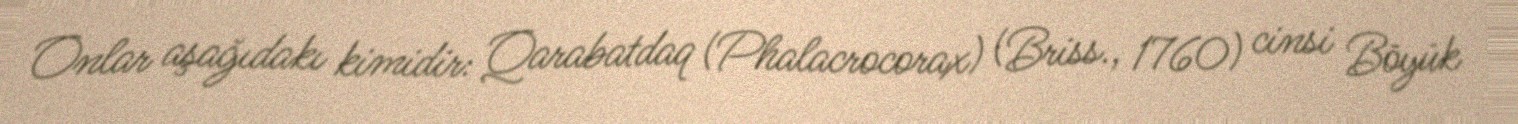
Onlar aşağıdakı kimidir: Qarabatdaq (Phalacrocorax) (Briss., 1760) cinsi Böyük